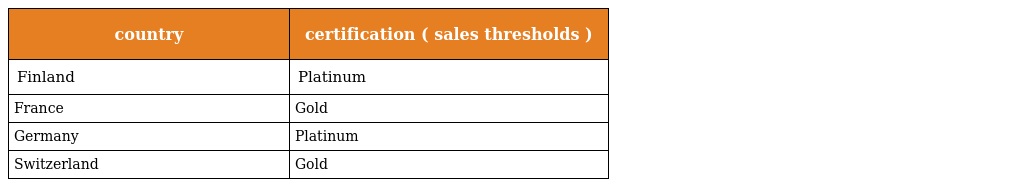
| country | certification ( sales thresholds ) |
 | --- | --- |
 | Finland | Platinum |
 | France | Gold |
 | Germany | Platinum |
 | Switzerland | Gold |